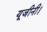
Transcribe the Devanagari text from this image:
यूजीनी।